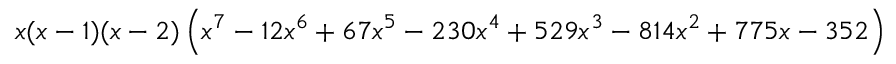
x ( x - 1 ) ( x - 2 ) \left( x ^ { 7 } - 1 2 x ^ { 6 } + 6 7 x ^ { 5 } - 2 3 0 x ^ { 4 } + 5 2 9 x ^ { 3 } - 8 1 4 x ^ { 2 } + 7 7 5 x - 3 5 2 \right)